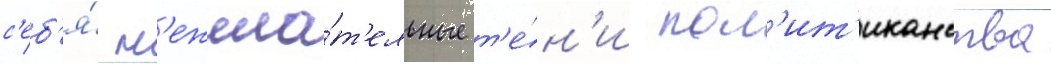
с'еб'я́ н'ежела́т'ельные т'е́н'и пол'ит'иканства